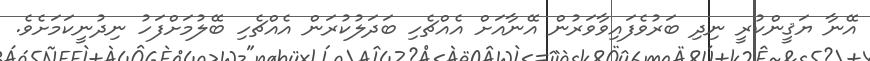
އޭނާ ޔަޤީންކުރީ ނިދި ބަރުވެފައިވާވަރުން އޭނާއަށް އެއްޗެހި ބަދަލުކުރަން އެއްޗެހި ބޭލުމަށްފަހު ނިދުނީކަމަށެވެ.